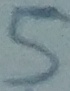
Text: 5